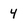
Character: 4